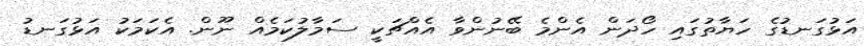
އަޅުގަނޑުގެ ހަޔާތުގައި ހޯދަން އެންމެ ބޭނުންވާ އެއްޗަކީ ސަމާލުކަމެއް ނޫން. އެކަމަކު އަޅުގަނޑު